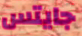
جايتس